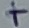
Text: +